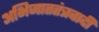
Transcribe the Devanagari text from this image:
अभिजाततंत्रवादी